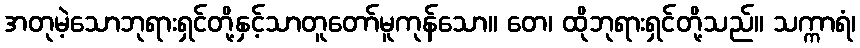
အတုမဲ့သောဘုရားရှင်တို့နှင့်သာတူတော်မူကုန်သော။ တေ၊ ထိုဘုရားရှင်တို့သည်။ သက္ကာရံ၊